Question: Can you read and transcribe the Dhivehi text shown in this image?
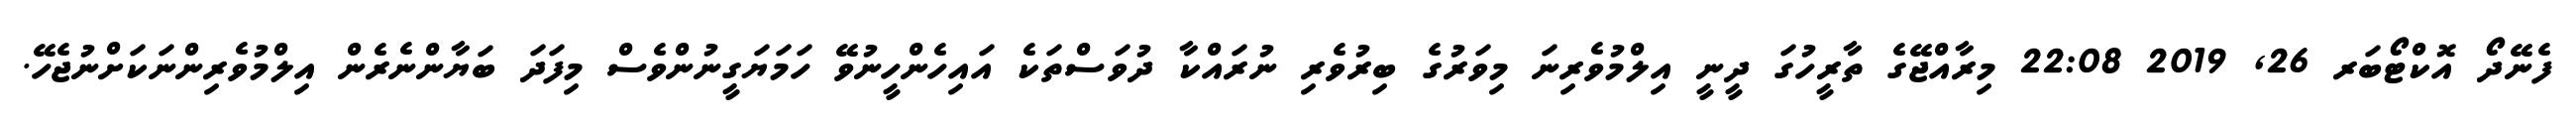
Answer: ފެނޭދޯ އޮކްޓޯބަރ 26, 2019 22:08 މިރާއްޖޭގެ ތާރީހުގަ ދީނީ އިލްމުވެރިނަ މިވަރުގެ ބިރުވެރި ނުރައްކާ ދުވަސްތަކެ އައިހެންހީނުވޭ ހަމަޔަގީނުންވެސް މިފަދަ ބަޔާންނެރެން އިލްމުވެރިންނަކަށްނުޖެހޭ.